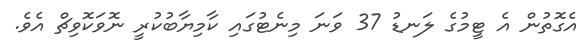
އެގޮތުން އެ ޓީމުގެ ލަނޑު 37 ވަނަ މިނެޓުގައި ކާމިޔާބުކުރީ ނޮވަކޮވިޗް އެވެ.